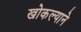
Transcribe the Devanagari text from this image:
खोकल्याने